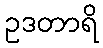
ဥဒတာရိ